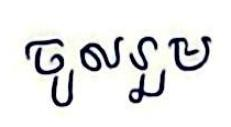
ចូលរួម